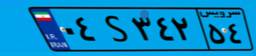
۰۴S۳۴۲۵۴